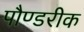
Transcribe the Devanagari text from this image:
पौण्डरीक